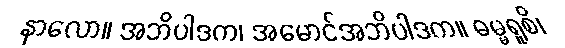
နာလော။ အဘိပါဒက၊ အမောင်အဘိပါဒက။ ဓမ္မရူစိ၊